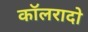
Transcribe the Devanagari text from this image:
कॉलरादो